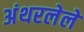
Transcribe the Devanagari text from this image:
अंथरलेले